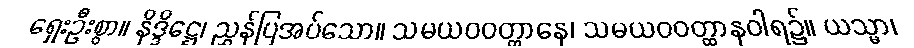
ရှေးဦးစွာ။ နိဒ္ဒိဋ္ဌေ၊ ညွှန်ပြအပ်သော။ သမယဝဝတ္ထာနေ၊ သမယဝဝတ္ထာနဝါရ၌။ ယသ္မာ၊